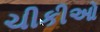
ચીકીઓ